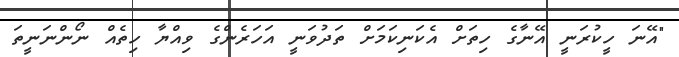
"އޭނަ ހީކުރަނީ އޭނާގެ ހިތަށް އެކަނިކަމަށް ތަދުވަނީ އަހަރެންގެ ވިއްޔާ ހިތެއް ނޯންނަނީތަ